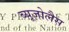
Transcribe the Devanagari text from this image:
ब्यूजोलैस